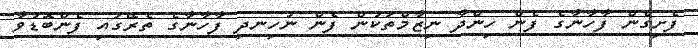
ފެށިގެން ފާހާނާގެ ފެން ހިންދާ ނިޒާމްތަކުން ފެން ނުހިނދި ފާހާނާގެ ތެރޭގައި ފެންބޮޑުވާ